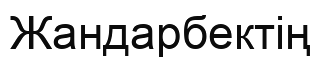
Жандарбектің